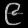
Digit: ၉